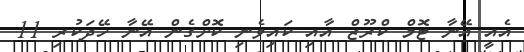
އެއީ އޭނާ ޓޮމް ކްރޫޒް އާއި ކައިވެނި ކޮށްގެން އޭނާ ހޭދަކުރި 11